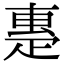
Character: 𤴝